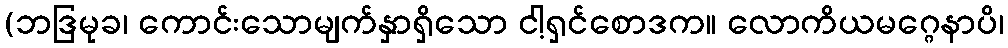
(ဘဒြမုခ၊ ကောင်းသောမျက်နှာရှိသော ငါ့ရှင်စောဒက။ လောကိယမဂ္ဂေနာပိ၊